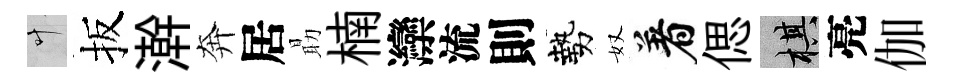
叶扳澣奔居朂楠灤流則勢奴着偲棋亮伽